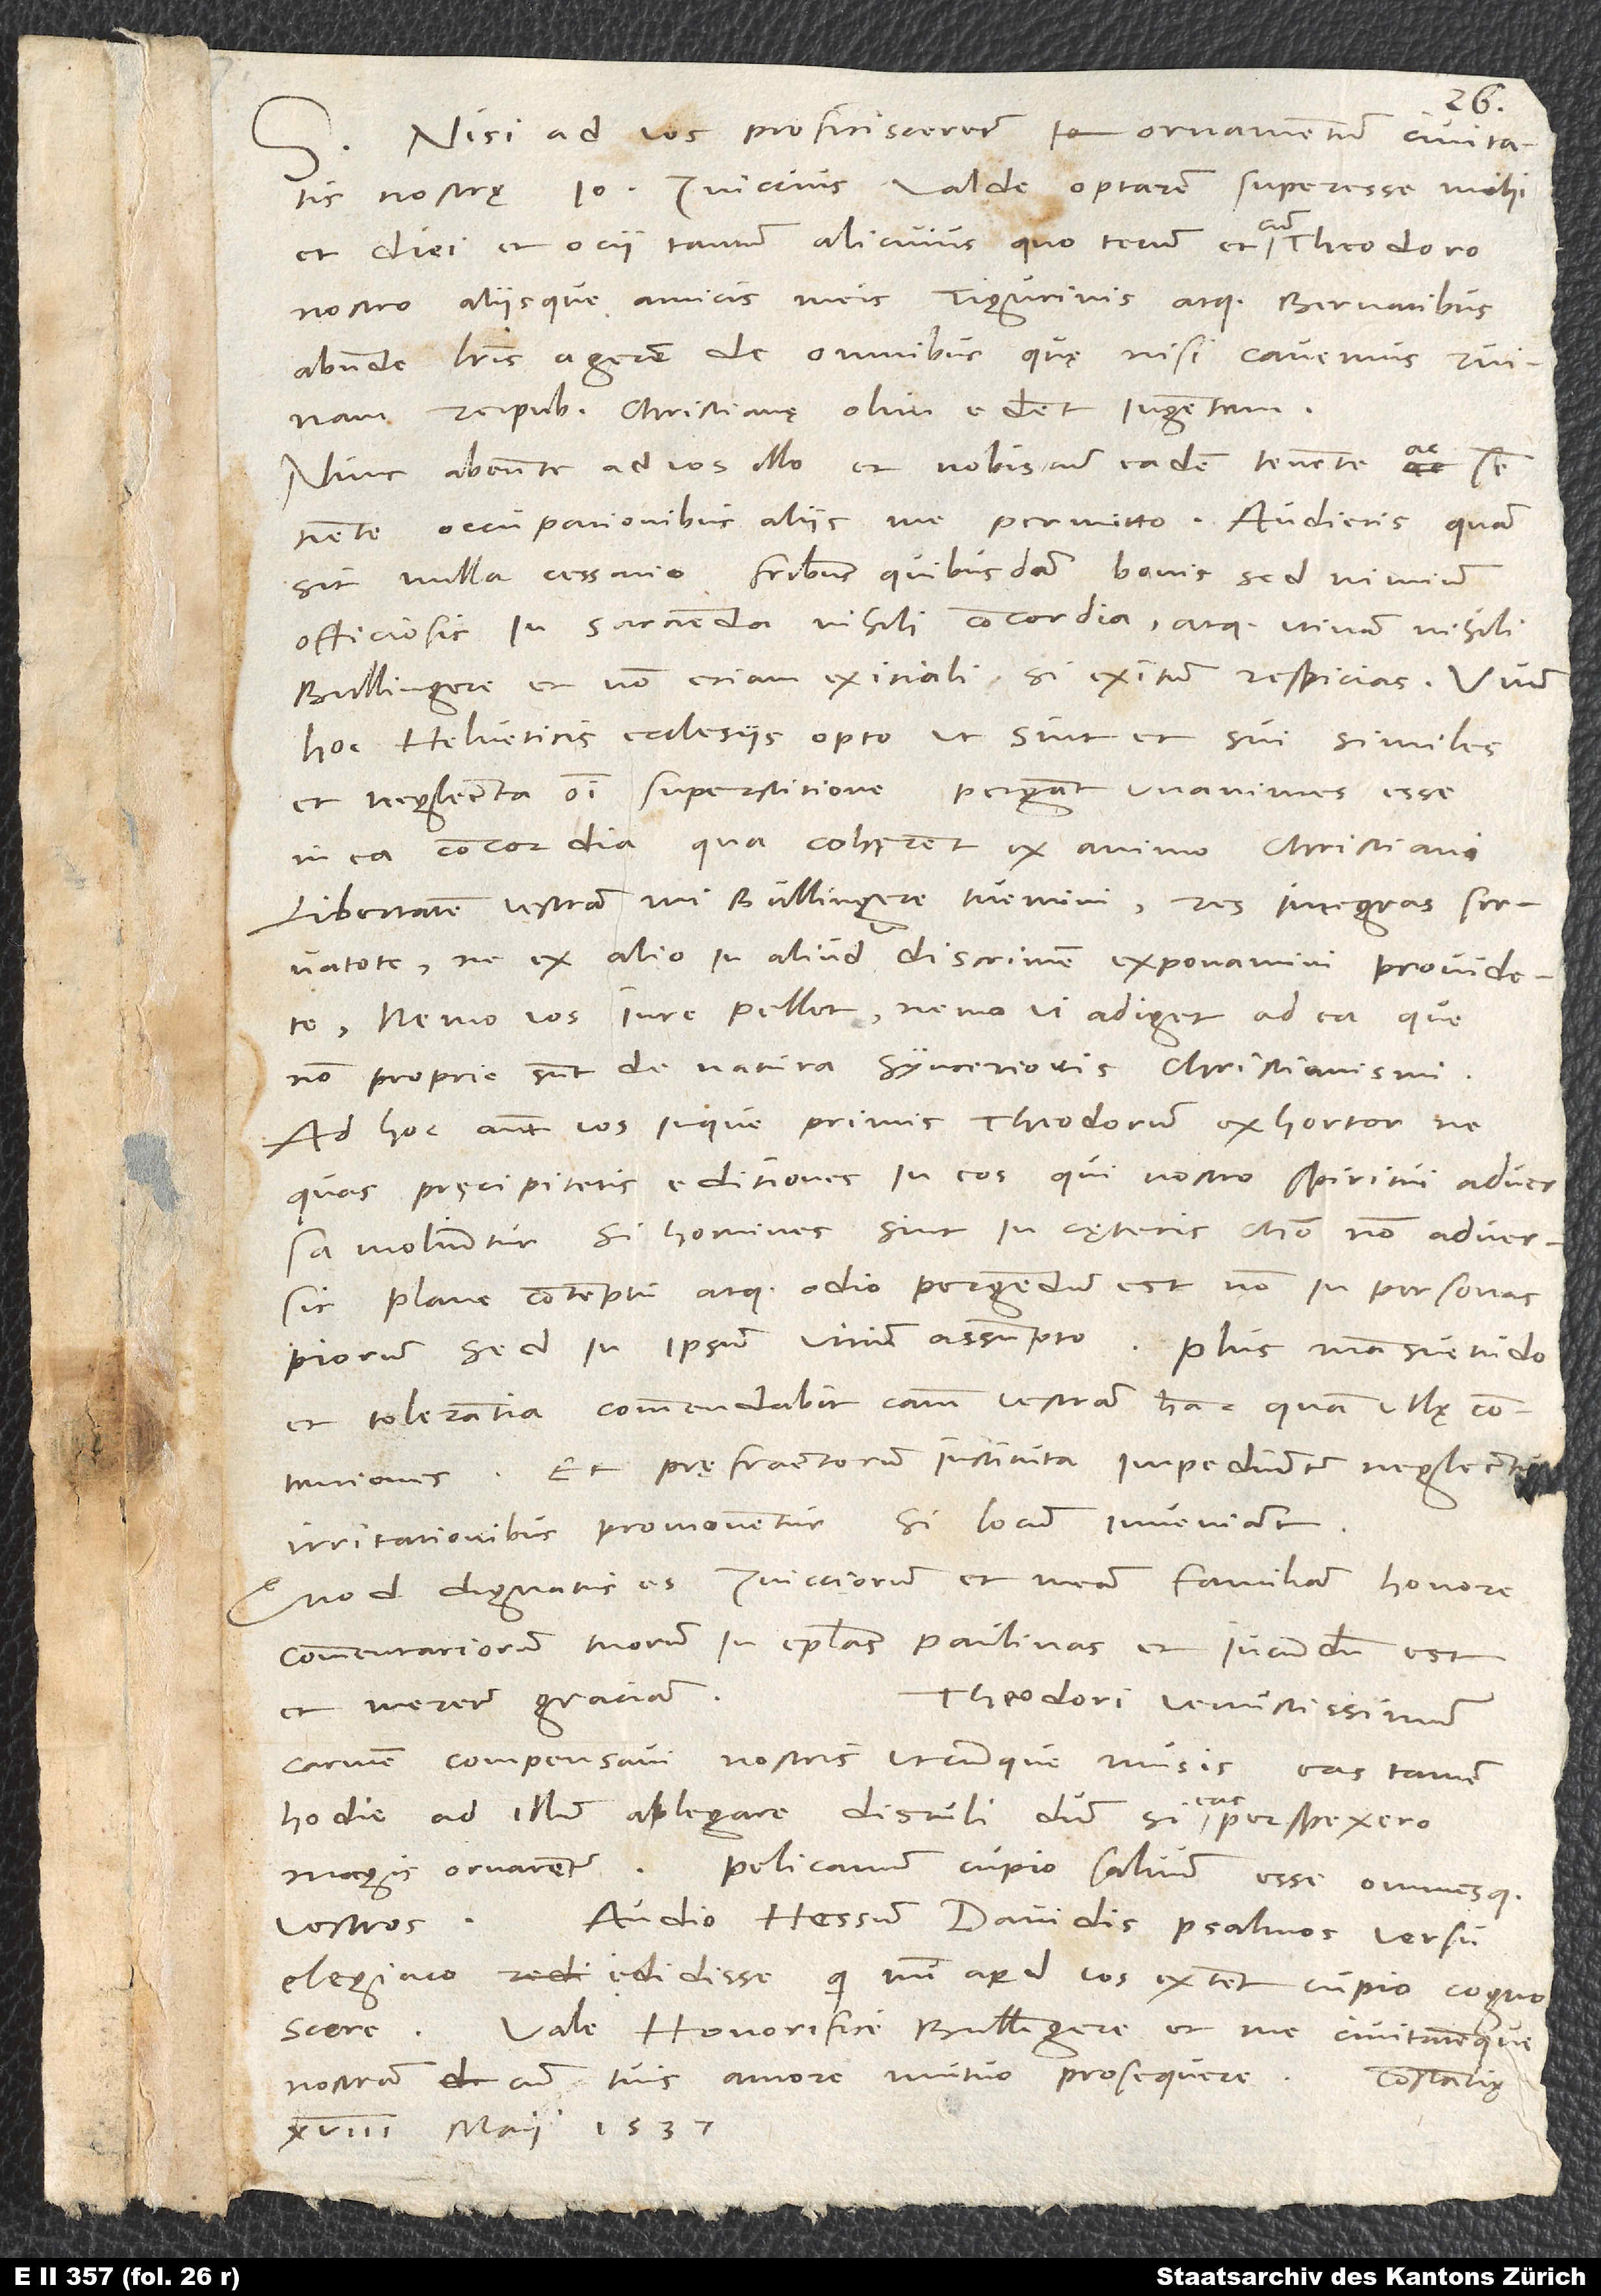
Nisi ad vos proficisceretur iam ornamentum civitatis
nostrę Ioannes Zviccius valde, optarem superesse mihi
et diei et ocii tantum alicuius, quo tecum et cum Theodoro
nostro aliisque amicis meis Tigurinis atque Bernatibus
abunde literis agerem de omnibus, quę, nisi cavemus, ruinam
reipublicę christianę olim edent ingentem.
Nunc abeunte ad vos illo et nobiscum eadem tenente ac
occupationibus aliis me permitto. Audietis, quam
sit nulla cessatio fratribus quibusdam bonis, sed nimium
officiosis in sarcienda nihili concordia, atque utinam nihili,
Bullingere, et non etiam exitiali, si exitum respicias. Unum
hoc Helveticis ecclesiis opto, ut sint et sui similes
et neglecta omni superstitione pergant unanimes esse
in ea concordia, qua cohęrent ex animo christiani.
Libertatem vestram, mi Bullingere, tuemini, res integras servatote,
ne ex alio in aliud discrimen exponamini, providete.
Nemo vos iure pellet, nemo VI adiget ad ea, que
non proprie sunt de natura syncerioris christianismi.
Ad hoc autem vos inque primis Theodorum exhortor, ne
quas pręcipitetis editiones in eos, qui nostro spiritui adversa
moliuntur, si homines sint in cęteris Christo non adversi.
Plane contemptu atque odio pergendum est non in personas
piorum, sed in ipsum vicium assumpto. Plus mansuetudo
et tolerantia commendabit causam vestram hanc quam ullę contentiones,
pręfractorum instituta impediuntur neglectu,
irritationibus promoventur, si locum inveniant.
Quod dignatus es Zvicciorum et meam familiam honore
commentariorum tuorum in epistolas Paulinas, et iucundum est
et meretur gratiam.
Theodori venustissimum
carmen compensavi nostris utcunque musis; eas tamen
S.
hodie ad illum ablegare distuli, dum, si eas perspexero,
magis ornarentur.
Pelicanurn cupio salvum esse omnesque
Audio Hessum Davidis psalmos versu
vestros.
elegiaco edidisse; quę num apud vos extent, cupio cognoscere.
Vale, honorifice Bullingere, et me civitatemque
nostram cum tuis amore mutuo prosequere.
Constantię,
18. maii 1537.